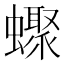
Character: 𧓏